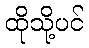
ထိုသို့ပင်